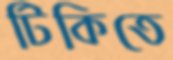
টিকিতে